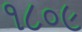
૧૮૦૯